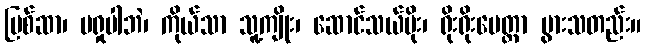
ပြစ်ဆာ၊ မရှုပါဘဲ၊ ကိုယ်သာ သူ့ကျိုး၊ ဆောင်သယ်ပိုး၊ ရိုးရိုးမေတ္တာ ပွားသတည်း။